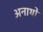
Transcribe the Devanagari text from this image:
अनाथो